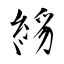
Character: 絼